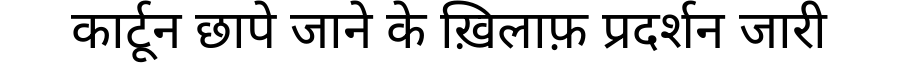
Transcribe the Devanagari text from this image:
कार्टून छापे जाने के ख़िलाफ़ प्रदर्शन जारी